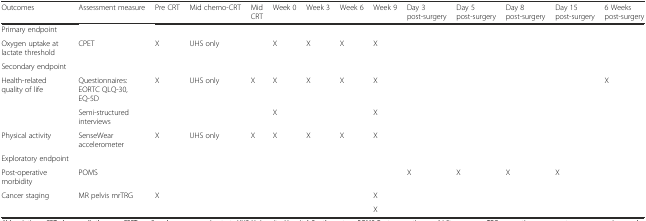
<table><thead><tr><td><b>Outcomes</b></td><td><b>Assessment measure</b></td><td><b>Pre CRT</b></td><td><b>Mid chemo-CRT</b></td><td><b>Mid CRT</b></td><td><b>Week 0</b></td><td><b>Week 3</b></td><td><b>Week 6</b></td><td><b>Week 9</b></td><td><b>Day 3 post-surgery</b></td><td><b>Day 5 post-surgery</b></td><td><b>Day 8 post-surgery</b></td><td><b>Day 15 post-surgery</b></td><td><b>6 Weeks post-surgery</b></td></tr></thead><tbody><tr><td>Primary endpoint</td><td></td><td></td><td></td><td></td><td></td><td></td><td></td><td></td><td></td><td></td><td></td><td></td><td></td></tr><tr><td>Oxygen uptake at lactate threshold</td><td>CPET</td><td>X</td><td>UHS only</td><td></td><td>X</td><td>X</td><td>X</td><td>X</td><td></td><td></td><td></td><td></td><td></td></tr><tr><td>Secondary endpoint</td><td></td><td></td><td></td><td></td><td></td><td></td><td></td><td></td><td></td><td></td><td></td><td></td><td></td></tr><tr><td>Health-related quality of life</td><td>Questionnaires: EORTC QLQ-30, EQ-5D</td><td>X</td><td>UHS only</td><td>X</td><td>X</td><td>X</td><td>X</td><td>X</td><td></td><td></td><td></td><td></td><td>X</td></tr><tr><td></td><td>Semi-structured interviews</td><td></td><td></td><td></td><td>X</td><td></td><td></td><td>X</td><td></td><td></td><td></td><td></td><td></td></tr><tr><td>Physical activity</td><td>SenseWear accelerometer</td><td>X</td><td>UHS only</td><td>X</td><td>X</td><td>X</td><td>X</td><td>X</td><td></td><td></td><td></td><td></td><td></td></tr><tr><td>Exploratory endpoint</td><td></td><td></td><td></td><td></td><td></td><td></td><td></td><td></td><td></td><td></td><td></td><td></td><td></td></tr><tr><td>Post-operative morbidity</td><td>POMS</td><td></td><td></td><td></td><td></td><td></td><td></td><td></td><td>X</td><td>X</td><td>X</td><td>X</td><td></td></tr><tr><td rowspan="2">Cancer staging</td><td rowspan="2">MR pelvis mrTRG</td><td rowspan="2">X</td><td rowspan="2"></td><td rowspan="2"></td><td rowspan="2"></td><td rowspan="2"></td><td rowspan="2"></td><td>X</td><td rowspan="2"></td><td rowspan="2"></td><td rowspan="2"></td><td rowspan="2"></td><td rowspan="2"></td></tr><tr><td>X</td></tr></tbody></table>